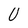
Character: U